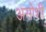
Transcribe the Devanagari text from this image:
असोशी